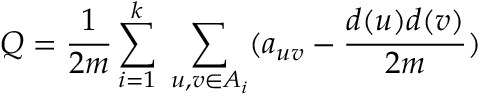
Q = \frac { 1 } { 2 m } \sum _ { i = 1 } ^ { k } \; \sum _ { u , v \in A _ { i } } ( a _ { u v } - \frac { d ( u ) d ( v ) } { 2 m } )